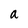
Character: a